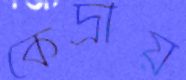
কেদ্রীয়